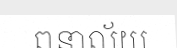
ពនាល័យ